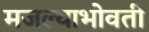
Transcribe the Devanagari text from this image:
मजल्याभोवती